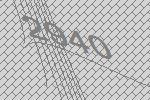
2940